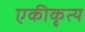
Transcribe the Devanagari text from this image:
एकीकृत्य